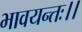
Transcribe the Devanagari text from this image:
भावयन्तः।।